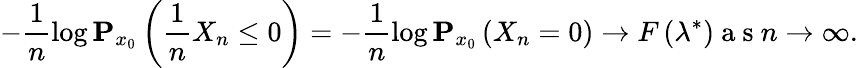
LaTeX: -\frac{1}{n}\log{\mathbf P}_{x_{0}}\left(\frac{1}{n}X_{n}\leq 0\right)=-\frac{1}{n}\log{\mathbf P}_{x_{0}}\left(X_{n}=0\right)\rightarrow F\left(\lambda^{*}\right)\mathrm{~a~s~}n\rightarrow\infty.